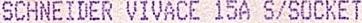
SCHNEIDER VIVACE 15A S/SOCKET